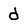
Character: d